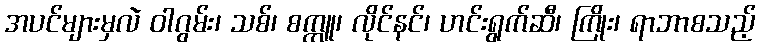
အပင်များမှလဲ ဝါဂွမ်း၊ သစ်၊ စက္ကူ၊ လိုင်နင်၊ ဟင်းရွက်ဆီ၊ ကြိုး၊ ရာဘာစသည့်